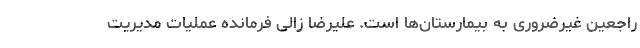
راجعین غیرضروری به بیمارستان‌ها است. علیرضا زالی فرمانده عملیات مدیریت